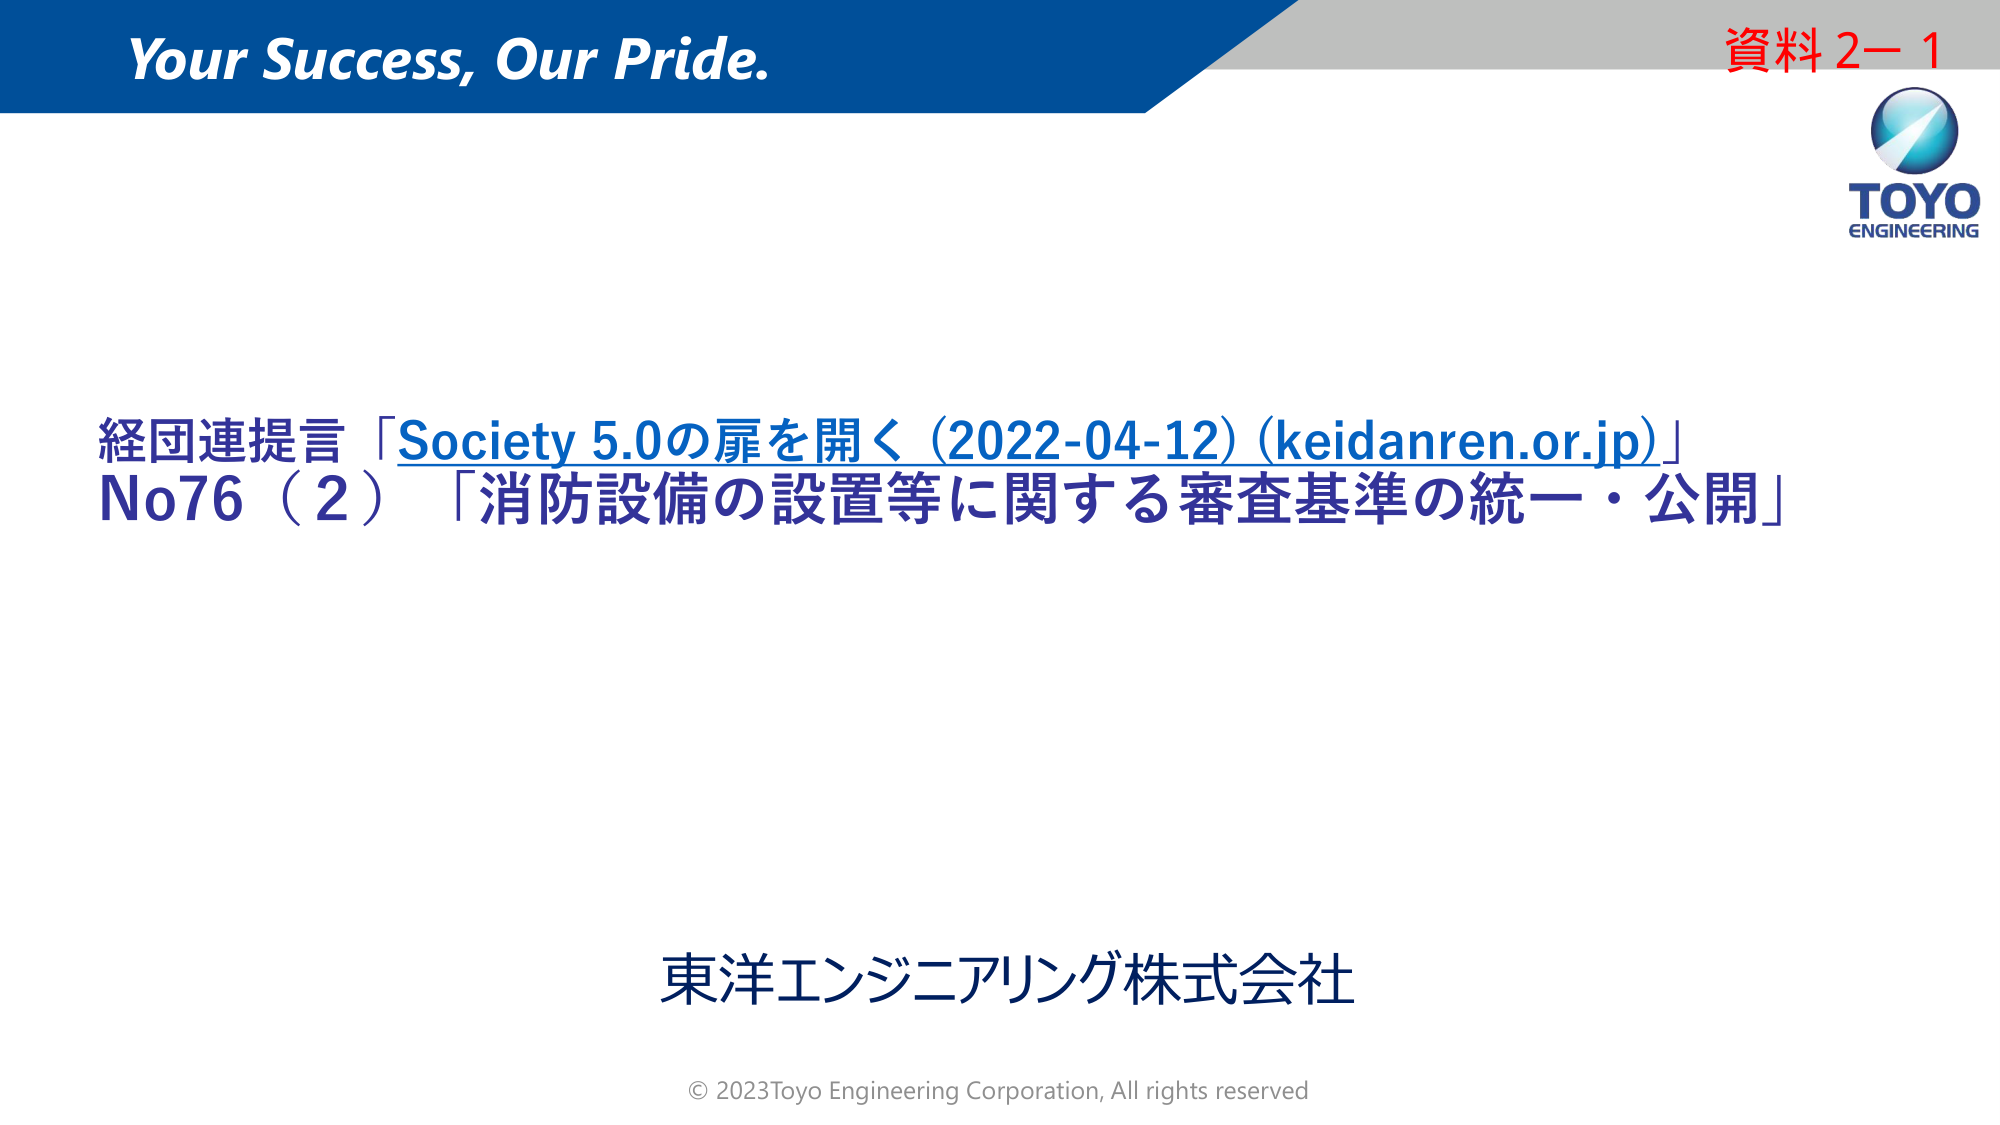
Your Success, Our Pride.
資料2-1
TOYO
ENGINEERING
経団連提言「Society 5.0の扉を開く (2022-04-12) (keidanren.or.jp)」
No76（2）「消防設備の設置等に関する審査基準の統一・公開」
東洋エンジニアリング株式会社
© 2023 Toyo Engineering Corporation, All rights reserved